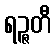
ရဉ္ဇတီ